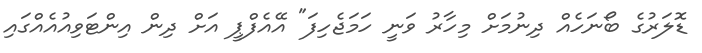
ޑޮލަރުގެ ބޯނަހެއް ދިނުމަށް މިހާރު ވަނީ ހަމަޖެހިފަ" އޭއެފްޕީ އަށް ދިން އިންޓަވިއުއެއްގައި